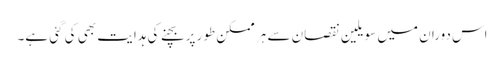
اس دوران میں سویلین نقصان سے ہر ممکن طور پر بچنے کی ہدایت بھی کی گئی ہے۔